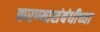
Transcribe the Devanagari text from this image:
करण्यासंबंधीच्या